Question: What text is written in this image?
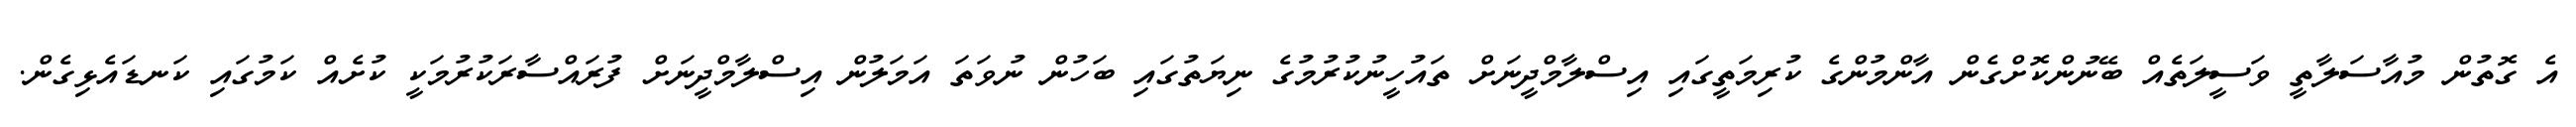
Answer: އެ ގޮތުން މުއާސަލާތީ ވަސީލަތެއް ބޭނުންކޮށްގެން އާންމުންގެ ކުރިމަތީގައި އިސްލާމްދީނަށް ތައުހީނުކުރުމުގެ ނިޔަތުގައި ބަހުން ނުވަތަ އަމަލުން އިސްލާމްދީނަށް ފުރައްސާރަކުރުމަކީ ކުށެއް ކަމުގައި ކަނޑައެޅިގެން.